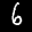
Label: 6